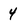
Character: 4